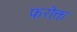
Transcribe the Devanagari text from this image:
फरोक्त